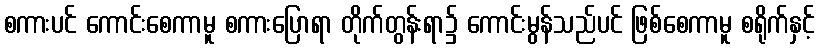
စကားပင် ကောင်းစေကာမူ စကားပြောရာ တိုက်တွန်းရာ၌ ကောင်းမွန်သည်ပင် ဖြစ်စေကာမူ စရိုက်နှင့်